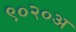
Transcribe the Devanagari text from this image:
९०२०अ